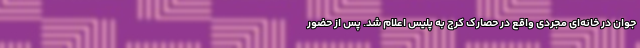
جوان در خانه‌ای مجردی واقع در حصارک کرج به پلیس اعلام شد. پس از حضور